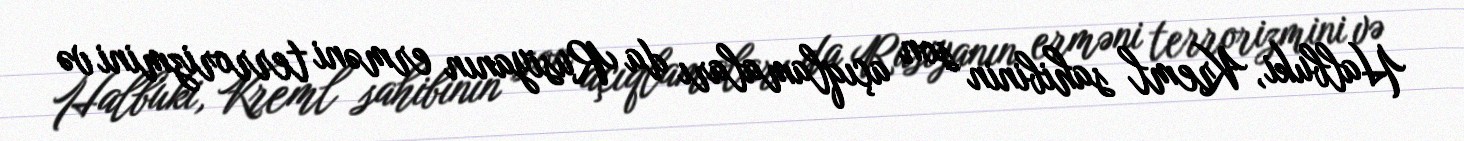
Halbuki, Kreml sahibinin son açıqlamaları da Rusiyanın erməni terrorizmini və